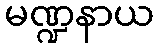
မဏ္ဍနာယ